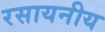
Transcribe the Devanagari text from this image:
रसायनीय